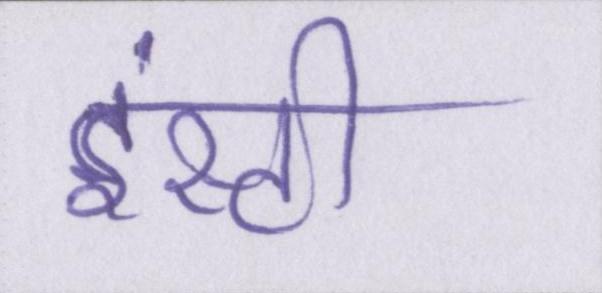
इंस्टी